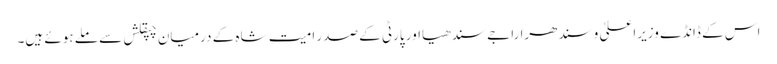
اس کے ڈانڈے وزیراعلیٰ وسندھرا راجے سندھیااور پارٹی کے صدر امیت شاہ کے درمیان چپقلش سے ملے ہوئے ہیں۔